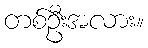
တစ်ဦးအလား။